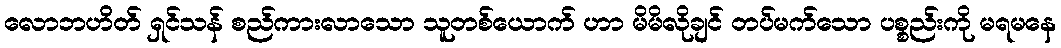
လောဘဟိတ် ရှင်သန် စည်ကားလာသော သူတစ်ယောက် ဟာ မိမိလိုချင် တပ်မက်သော ပစ္စည်းကို မရမနေ